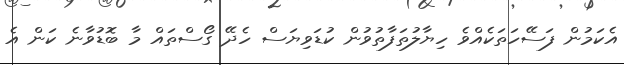
އެކަމުން ފަސޭހަތަކެއްވެ ހިޔާލުތަފާތުވުން ކުޑަވިޔަސް ހެދޭ ގޯސްތައް މާ ބޮޑުވާނެ ކަން އެ